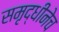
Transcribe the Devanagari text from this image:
समृद्धीनेच